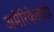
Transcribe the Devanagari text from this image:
अमेरिकेलाही